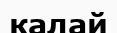
калай